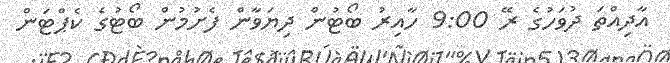
އާދިއްތަ ދުވަހުގެ ރޭ 9:00 ހާއިރު ބޯޓުން ދިޔަވާން ފެށުމުން ބޯޓުގެ ކެޕްޓަން